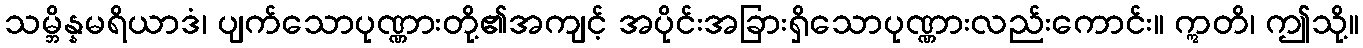
သမ္ဘိန္နမရိယာဒံ၊ ပျက်သောပုဏ္ဏားတို့၏အကျင့် အပိုင်းအခြားရှိသောပုဏ္ဏားလည်းကောင်း။ ဣတိ၊ ဤသို့။